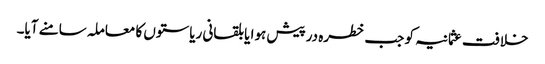
خلافت عثمانیہ کو جب خطرہ درپیش ہوا یا بلقانی ریاستوں کا معاملہ سامنے آیا۔